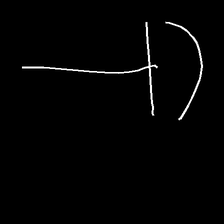
Glyph: dispersion